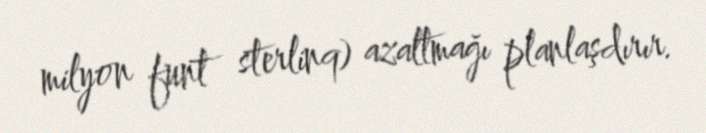
milyon funt sterlinq) azaltmağı planlaşdırır.